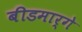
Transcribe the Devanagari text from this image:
बीडमार्गे